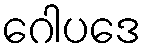
ဂေါပဒေ